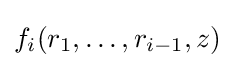
f_{i}(r_{1},\dots ,r_{i-1},z)